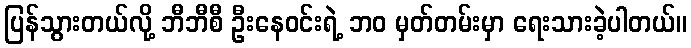
ပြန်သွားတယ်လို့ ဘီဘီစီ ဦးနေဝင်းရဲ့ ဘဝ မှတ်တမ်းမှာ ရေးသားခဲ့ပါတယ်။